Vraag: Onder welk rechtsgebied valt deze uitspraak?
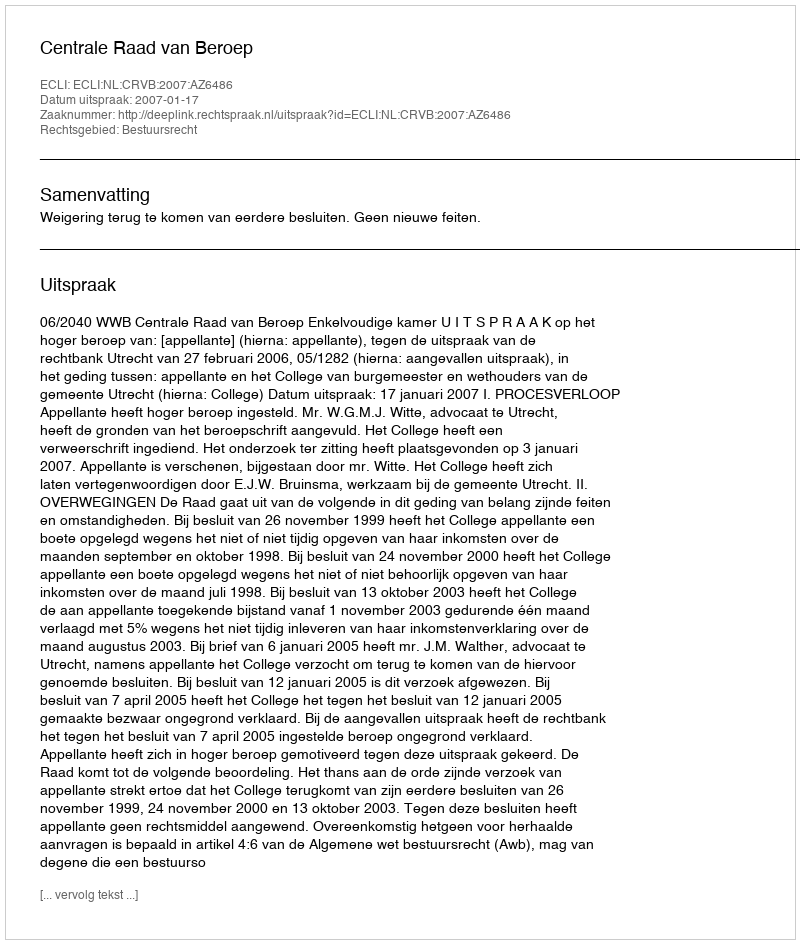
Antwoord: Bestuursrecht